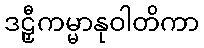
ဒဠှီကမ္မာနုဝါတိကာ